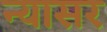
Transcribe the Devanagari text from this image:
न्यासर